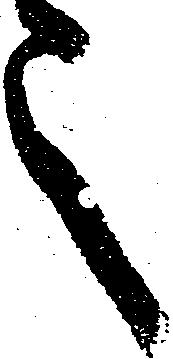
之